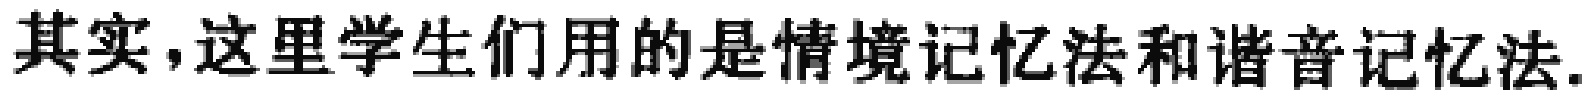
其实,这里学生们用的是情境记忆法和谐音记忆法.